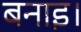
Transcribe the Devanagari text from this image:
बनाइ।